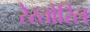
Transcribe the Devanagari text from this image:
रेस्तोरिल